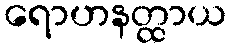
ရောဟနတ္ထာယ